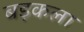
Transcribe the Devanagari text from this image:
बड़कला